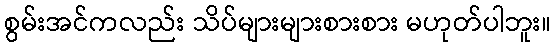
စွမ်းအင်ကလည်း သိပ်များများစားစား မဟုတ်ပါဘူး။